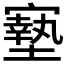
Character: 𡫓